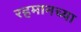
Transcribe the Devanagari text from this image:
रहमानच्या